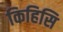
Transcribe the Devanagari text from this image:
किहिसि